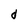
Character: d